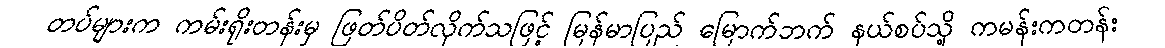
တပ်များက ကမ်းရိုးတန်းမှ ဖြတ်ပိတ်လိုက်သဖြင့် မြန်မာပြည် မြောက်ဘက် နယ်စပ်သို့ ကမန်းကတန်း